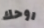
روحك